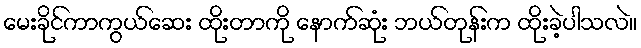
မေးခိုင်ကာကွယ်ဆေး ထိုးတာကို နောက်ဆုံး ဘယ်တုန်းက ထိုးခဲ့ပါသလဲ။